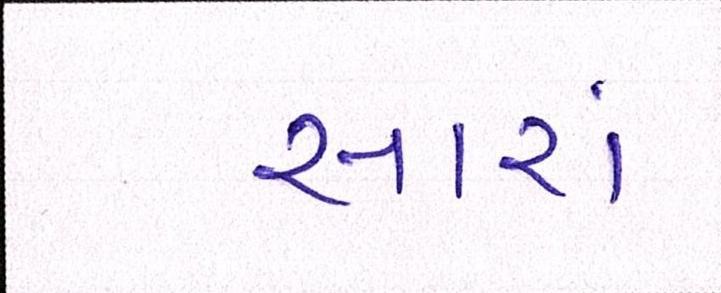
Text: સારાં